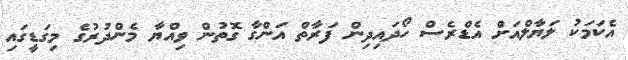
އެކަމަކު ލަޔާލްއަށް އެޑްރެސް ހޯދައިދިން ފަރާތް އަންގާ ގޮތުން ވިއްޔާ މެންދުރުގެ މިގަޑީގައި